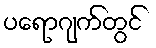
ပရောဂျက်တွင်